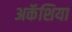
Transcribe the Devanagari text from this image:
अकॅशिया